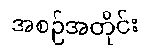
အစဉ်အတိုင်း